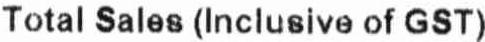
TOTAL SALES (INCLUSIVE OF GST)